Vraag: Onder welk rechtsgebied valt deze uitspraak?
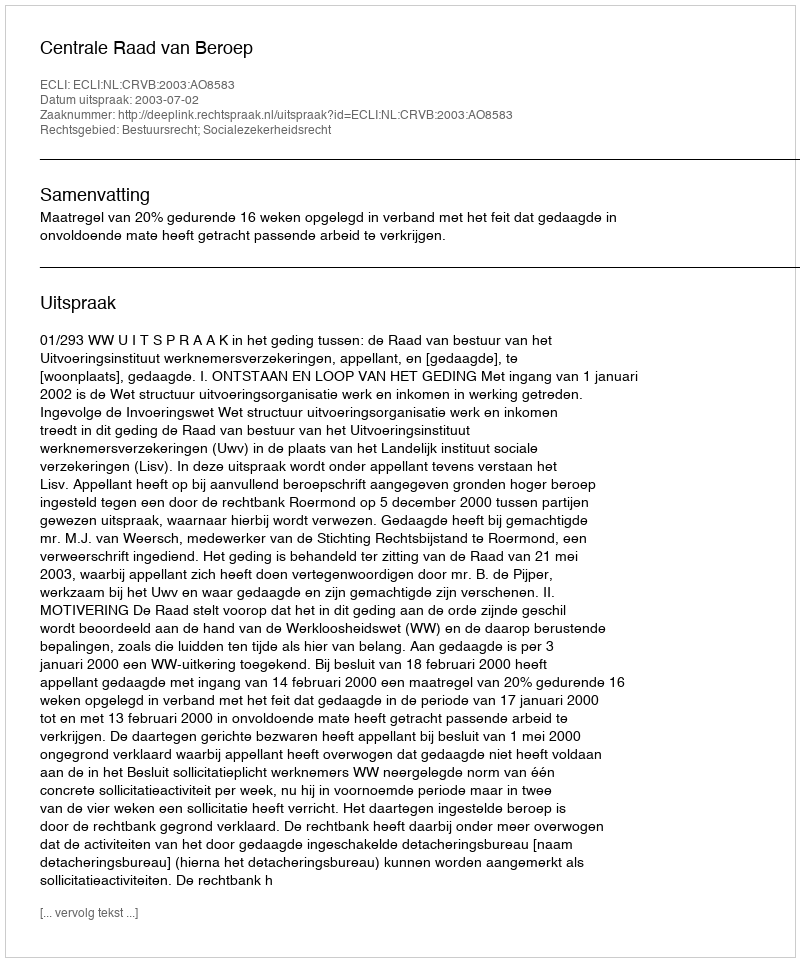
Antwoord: Bestuursrecht; Socialezekerheidsrecht